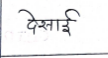
मजकूर: देसाई